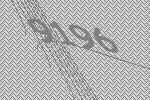
9196